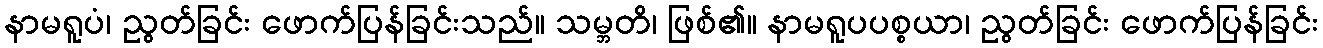
နာမရူပံ၊ ညွတ်ခြင်း ဖောက်ပြန်ခြင်းသည်။ သမ္ဘတိ၊ ဖြစ်၏။ နာမရူပပစ္စယာ၊ ညွတ်ခြင်း ဖောက်ပြန်ခြင်း